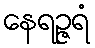
နေရဉ္ဇရံ